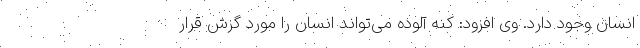
انسان وجود دارد. وی افزود: کنه‌ آلوده می‌تواند انسان را مورد گزش قرار